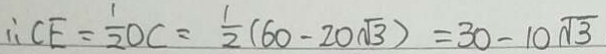
\therefore C E = \frac { 1 } { 2 } O C = \frac { 1 } { 2 } ( 6 0 - 2 0 \sqrt { 3 } ) = 3 0 - 1 0 \sqrt { 3 }